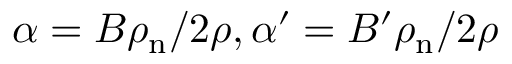
\alpha = B \rho _ { \mathrm { n } } / 2 \rho , \alpha ^ { \prime } = B ^ { \prime } \rho _ { \mathrm { n } } / 2 \rho